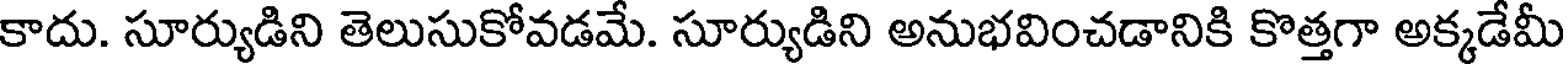
కాదు. సూర్యుడిని తెలుసుకోవడమే. సూర్యుడిని అనుభవించడానికి కొత్తగా అక్కడేమీ